Sanitation, dispensaries and jails vaccination Rajputana 1922-1927 - 1922-1927
Year: 1922
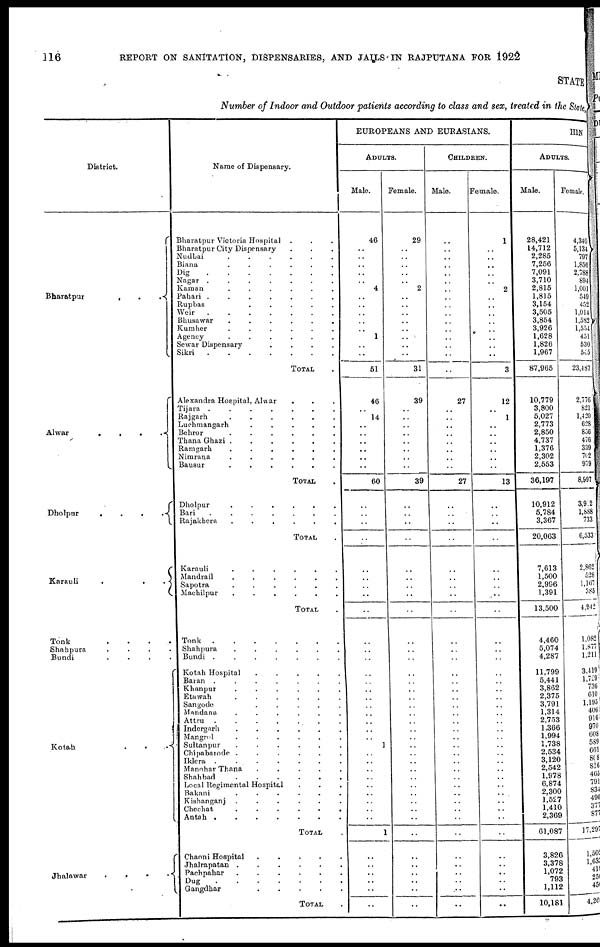
116
REPORT ON SANITATION, DISPENSARIES, AND JAILS IN RAJPUTANA FOR 1922
STATE
Number of Indoor and Outdoor patients according to class and sex, treated in the State,
District.
Bharatpur...
Alwar....
Dholpur....
Karauli...
Tonk....
Shahpura....
Bundi....
Kotah...
Jhalawar....
Name of Dispensary.
Bharatpur Victoria Hospital...
Bharatpur City Dispensary...
Nudbai......
Biana......
Dig
Nagar.......
Kaman......
Pahari.......
Rupbas.....
Weir.......
Bhusawar......
Kumher......
Agency
Sewar Dispensary....
Sikri.......
TOTAL.
Alexandra Hospital, Alwar...
Tijara.......
Rajgarh......
Luchmangarh.....
Behror......
Thana
Ghazi......
Ramgarh......
Nimrana......
Bausur......
TOTAL.
Dholpur......
Bari.......
Rajakhera......
TOTAL.
Karauli......
Mandrail......
Sapotra......
Machilpur......
TOTAL.
Tonk.......
Shahpura......
Bundi.......
Kotah Hospital.....
Baran
.
Khanpur......
Etawah......
Sangode.....
Mandana......
Attru.......
Indergarli......
Mangrol......
Sultanpur......
Chipabarode......
Iklera......
Manohar Thana.....
Shahbad......
Local Regimental Hospital...
Bakani......
Kishanganj
Chechat......
Antah.......
TOTAL.
Chaoni Hospital.....
Jhalrapatan......
Pachpahar......
Dug
Gangdbar.....
TOTAL.
EUROPEANS AND EURASIANS.
ADULTS.
Male.
46
..
..
..
..
..
4
..
..
..
..
..
1
..
..
51
46
..
14
..
..
..
..
..
..
60
..
..
..
..
..
..
..
..
..
..
..
..
..
..
..
..
..
..
..
..
..
1
..
..
..
..
..
..
..
..
..
1
..
..
..
..
..
..
Female.
29
..
..
..
..
..
2
..
..
..
..
..
..
..
..
31
39
..
..
..
..
..
..
..
..
39
..
..
..
..
..
..
..
..
..
..
..
..
..
..
..
..
..
..
..
..
..
..
..
..
..
..
..
..
..
..
..
..
..
..
..
..
..
..
CHILDREN.
Male.
..
..
..
..
..
..
..
..
..
..
..
..
..
..
..
..
27
..
..
..
..
..
..
..
..
27
..
..
..
..
..
..
..
..
..
..
..
..
..
..
..
..
..
..
..
..
..
..
..
..
..
..
..
..
..
..
..
..
..
..
..
..
..
..
Female.
1
..
..
..
..
..
2
..
..
..
..
..
..
..
..
3
12
..
1
..
..
..
..
..
..
13
..
..
..
..
..
..
..
..
..
..
..
..
..
..
..
..
..
..
..
..
..
..
..
..
..
..
..
..
..
..
..
..
..
..
..
..
..
..
HIN
ADULTS.
Male.
28,421
14,712
2,285
7,256
7,091
3,710
2,815
1,815
3,154
3,505
3,854
3,926
1,628
1,826
1,967
87,965
10,779
3,800
5,027
2,773
2,850
4,737
1,376
2,302
2,553
36,197
10,912
5,784
3,367
20,063
7,613
1,500
2,996
1,391
13,500
4,460
5,074
4,287
11,799
5,441
3,862
2,375
3,791
1,314
2,753
1,366
1,994
1,738
2,534
3,120
2,542
1,978
6,874
2,300
1,527
1,410
2,369
61,087
3,826
3,378
1,072
793
1,112
10,181
Female.
4,340
5,134
797
1,856
2,788
894
1,001
549
452
1,014
1,582
1,554
451
530
545
23,487
2,776
821
1,420
628
856
476
339
702
979
8,997
3,912
1,888
733
6,533
2,862
528
1,167
385
4,942
1,082
1,877
1,211
3,419
1,729
736
610
1,195
406
916
976
608
589
661
808
816 465
791
834
490
377
877
17,297
1,502
1,031
419
250
450
4,260